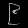
Digit: ၉